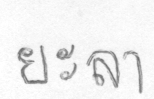
ยะลา